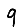
Digit: 9